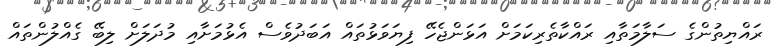
ރައްޔިތުންގެ ސަލާމަތާއި ރައްކާތެރިކަމަށް އަޅަންޖެހޭ ފިޔަވަޅުތައް އަބަދުވެސް އެޅުމަށާއި މުދަލަށް ލިބޭ ގެއްލުންތައް